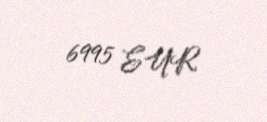
6995 EUR